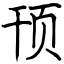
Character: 顸